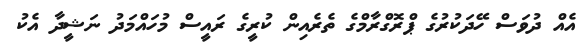
އެއް ދުވަސް ހޭދަކުރުގެ ޕްރޮގްރާމްގެ ތެރެއިން ކުރީގެ ރައީސް މުހައްމަދު ނަޝީދާ އެކު